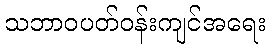
သဘာဝပတ်ဝန်းကျင်အရေး